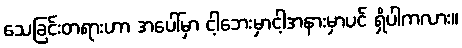
သေခြင်းတရားဟာ အပေါ်မှာ ငါ့ဘေးမှာငါ့အနားမှာပင် ရှိပါကလား။